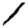
Digit: 1